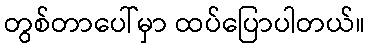
တွစ်တာပေါ်မှာ ထပ်ပြောပါတယ်။